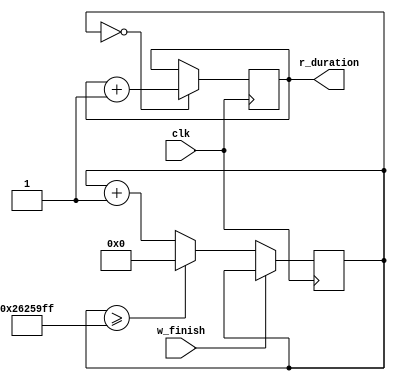
module m_time (
  input wire clk,
  input wire w_finish,
  output reg [31:0] r_duration
  );

  reg [31:0] r_tcnt=0;
  always@(posedge clk) r_tcnt <= (!w_finish) ? (r_tcnt>=(40000000-1)) ? 0 : r_tcnt + 1 : r_tcnt;
  always@(posedge clk) r_duration <= (r_tcnt == 0) ? r_duration + 1 : r_duration;
endmodule